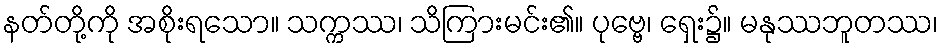
နတ်တို့ကို အစိုးရသော။ သက္ကဿ၊ သိကြားမင်း၏။ ပုဗ္ဗေ၊ ရှေး၌။ မနုဿဘူတဿ၊